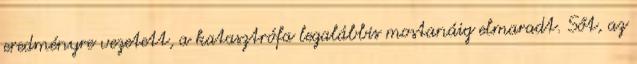
eredményre vezetett, a katasztrófa legalábbis mostanáig elmaradt. Sőt, az